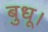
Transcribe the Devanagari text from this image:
बुधू।